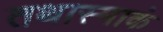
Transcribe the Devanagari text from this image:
तथास्माकं